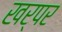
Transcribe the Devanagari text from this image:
खर्पर